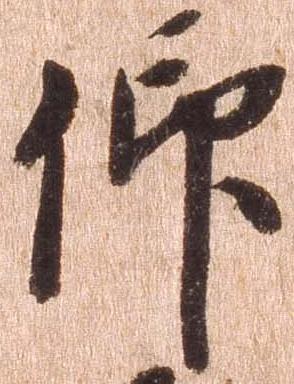
仰